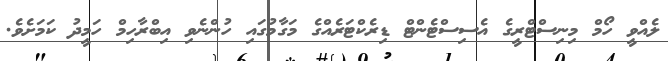
ލެއްވީ ހޯމް މިނިސްޓްރީގެ އެސިސްޓެންޓް ޑިރެކްޓަރެއްގެ މަގާމުގައި ހުންނެވި އިބްރާހިމް ހަމީދު ކަމަށެވެ.